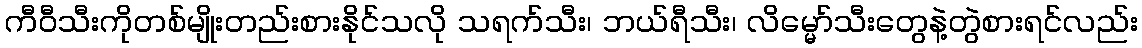
ကီဝီသီးကိုတစ်မျိုးတည်းစားနိုင်သလို သရက်သီး၊ ဘယ်ရီသီး၊ လိမ္မော်သီးတွေနဲ့တွဲစားရင်လည်း